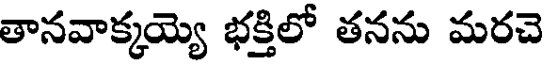
తానవాక్కయ్యె భక్తిలో తనను మరచె